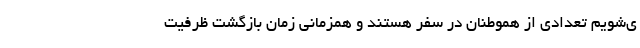
ی‌شویم تعدادی از هموطنان در سفر هستند و همزمانی زمان بازگشت ظرفیت